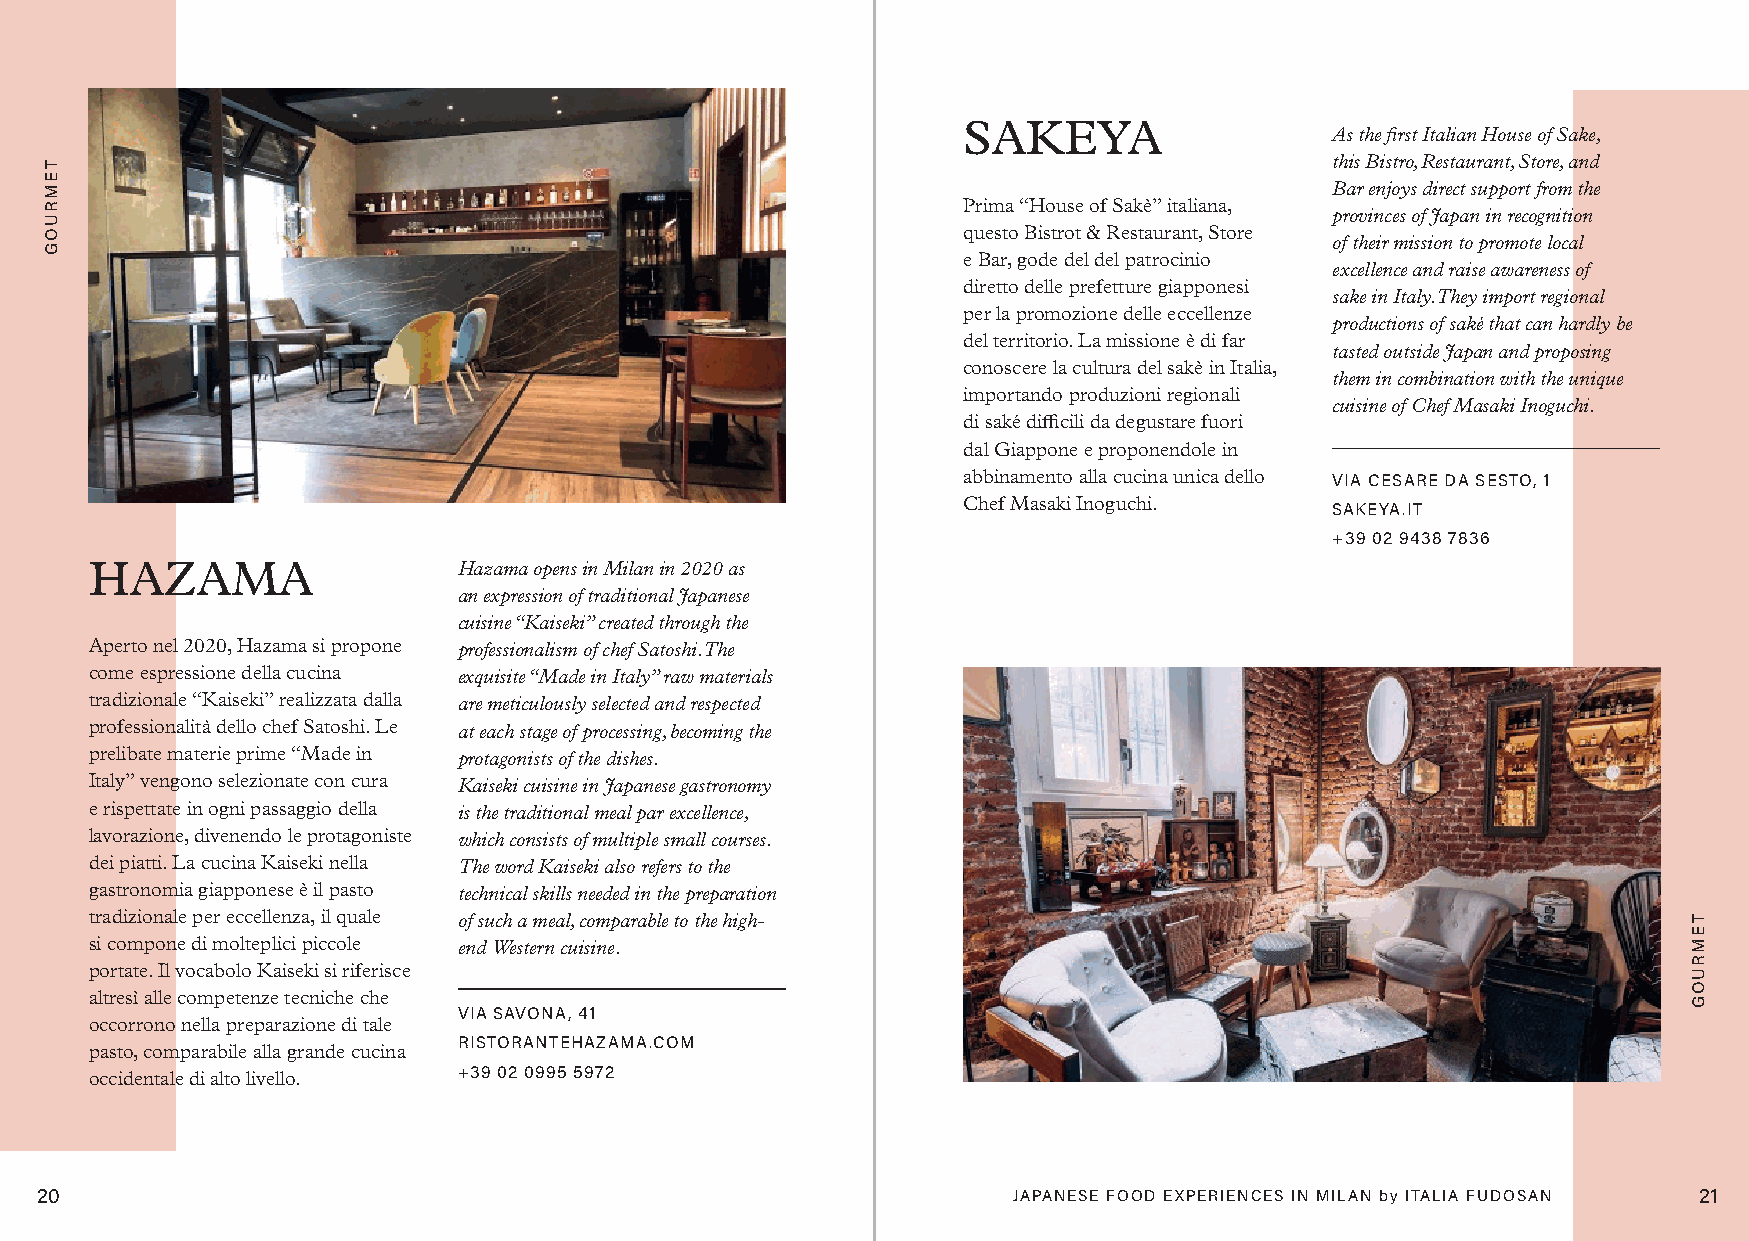
SAKEYA
 As the first Italian House of Sake,
 this Bistro, Restaurant, Store, and
 Bar enjoys direct support from the
 Prima “House of Sakè” italiana,
 provinces of Japan in recognition
 questo Bistrot & Restaurant, Store
 of their mission to promote local
 e Bar, gode del del patrocinio
 excellence and raise awareness of
 diretto delle prefetture giapponesi
 sake in Italy. They import regional
 per la promozione delle eccellenze
 productions of saké that can hardly be
 del territorio. La missione è di far
 tasted outside Japan and proposing
 conoscere la cultura del sakè in Italia,
 them in combination with the unique
 importando produzioni regionali
 cuisine of Chef Masaki Inoguchi.
 di saké difficili da degustare fuori
 dal Giappone e proponendole in
 abbinamento alla cucina unica dello VIA CESARE DA SESTO, 1
 Chef Masaki Inoguchi.
 SAKEYA.IT
 +39 02 9438 7836
 HAZAMA                  Hazama opens in Milan in 2020 as
 an expression of traditional Japanese
 cuisine “Kaiseki” created through the
 Aperto nel 2020, Hazama si propone professionalism of chef Satoshi. The
 come espressione della cucina exquisite “Made in Italy” raw materials
 tradizionale “Kaiseki” realizzata dalla are meticulously selected and respected
 professionalità dello chef Satoshi. Le at each stage of processing, becoming the
 prelibate materie prime “Made in protagonists of the dishes.
 Italy” vengono selezionate con cura Kaiseki cuisine in Japanese gastronomy
 e rispettate in ogni passaggio della is the traditional meal par excellence,
 lavorazione, divenendo le protagoniste which consists of multiple small courses.
 dei piatti. La cucina Kaiseki nella The word Kaiseki also refers to the
 gastronomia giapponese è il pasto technical skills needed in the preparation
 tradizionale per eccellenza, il quale of such a meal, comparable to the high-
 si compone di molteplici piccole end Western cuisine.
 portate. Il vocabolo Kaiseki si riferisce
 altresì alle competenze tecniche che
 VIA SAVONA, 41
 occorrono nella preparazione di tale
 RISTORANTEHAZAMA.COM
 pasto, comparabile alla grande cucina
 occidentale di alto livello. +39 02 0995 5972
 20                                                               JAPANESE FOOD EXPERIENCES IN MILAN by ITALIA FUDOSAN 21
 TEMRUOG
 TEMRUOG